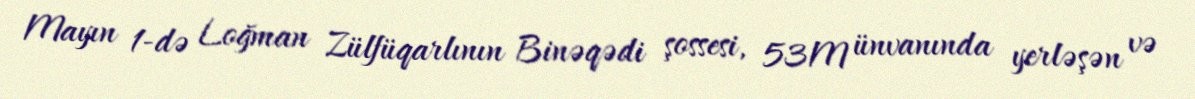
Mayın 1-də Loğman Zülfüqarlının Binəqədi şossesi, 53M ünvanında yerləşən və